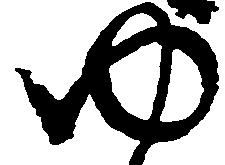
ゆ